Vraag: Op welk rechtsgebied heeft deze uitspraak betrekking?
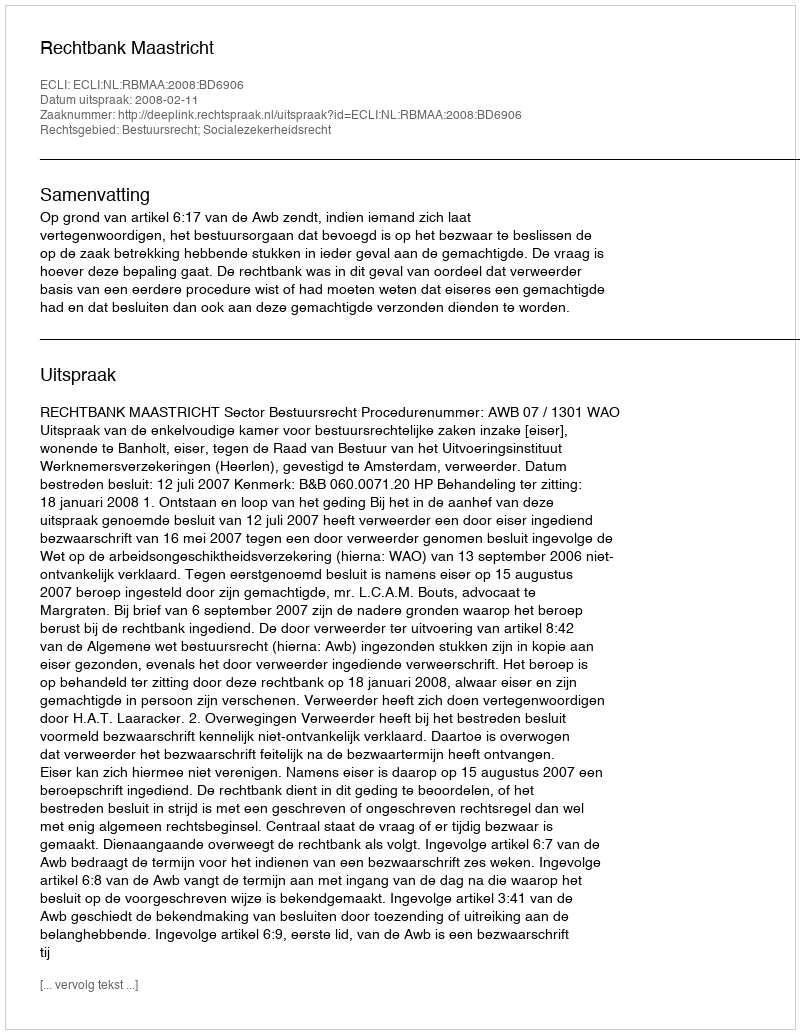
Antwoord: Bestuursrecht; Socialezekerheidsrecht